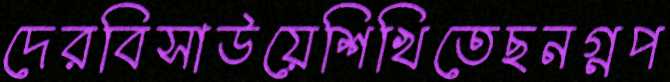
দেরবিসাউয়েশিখিতেছনগ্নপ